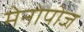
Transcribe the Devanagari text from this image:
मेनोपोज